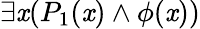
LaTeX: \exists\mathit{x}(P_{1}(\mathit{x})\land\phi(\mathit{x}))